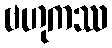
ဗဟုကဿ